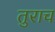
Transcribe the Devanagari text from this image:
तुराच